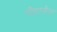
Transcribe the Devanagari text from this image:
नीदरलैन्ड